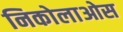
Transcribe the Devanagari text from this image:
निकोलाओस